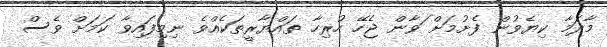
މާދަމާ ކިޔެވުން ފެށުމަށް ަވާން ޖެހޭ ހުރިހާ ތައްޔާރީތަކެއްވެ ނިމިފައިވާ ކަމަށް ވެސް